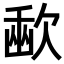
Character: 𣣨